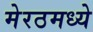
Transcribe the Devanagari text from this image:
मेरठमध्ये